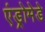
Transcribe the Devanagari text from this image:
एंड्रोमेडे